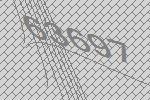
63697